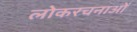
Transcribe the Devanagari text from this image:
लोकरचनाओं